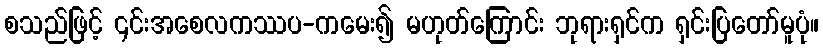
စသည်ဖြင့် ၎င်းအစေလကဿပ-ကမေး၍ မဟုတ်ကြောင်း ဘုရားရှင်က ရှင်းပြတော်မူပုံ။